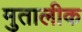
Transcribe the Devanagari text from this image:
मुतालीक